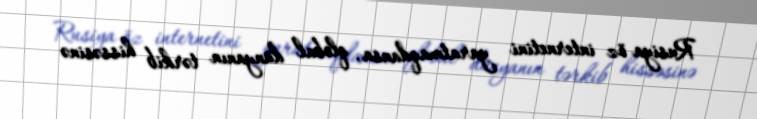
Rusiya öz internetini yaratmaqdansa, qlobal dünyanın tərkib hissəsinə